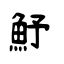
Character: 魣